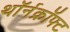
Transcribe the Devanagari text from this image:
थॉर्नक्रॉफ्ट